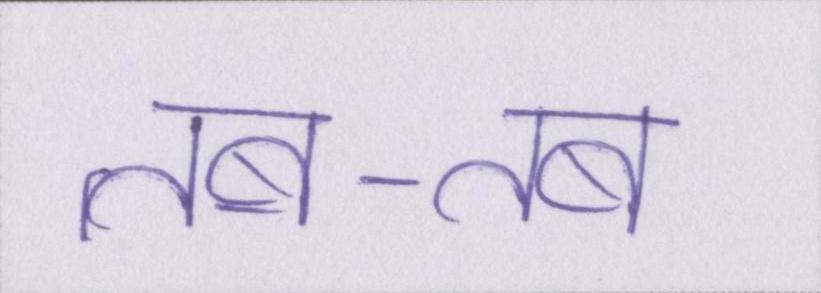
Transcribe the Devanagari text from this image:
तब-तब